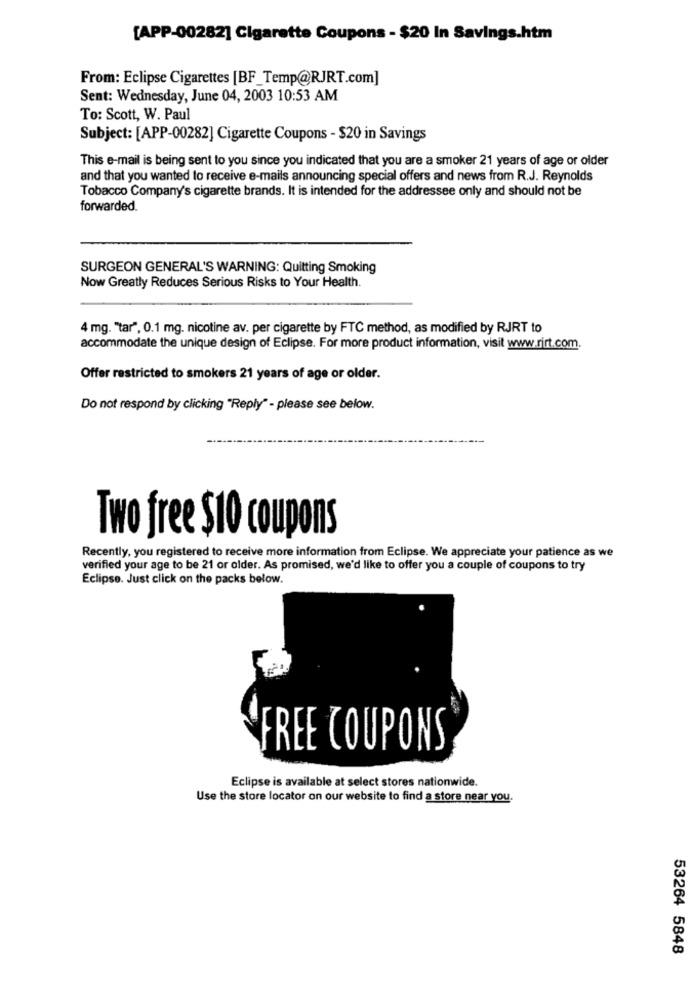
[APP-00282] Cigarette Coupons - $20 In Savings.htm
From: Eclipse Cigarettes [BF_Temp@RJRT.com]
Sent: Wednesday, June 04, 2003 10:53 AM
To: Scott, W. Paul
Subject: [APP-00282] Cigarette Coupons - $20 in Savings
This e-mail is being sent to you since you indicated that you are a smoker 21 years of age or older
and that you wanted to receive e-mails announcing special offers and news from R.J. Reynolds
Tobacco Company's cigarette brands. It is intended for the addressee only and should not be
forwarded.
SURGEON GENERAL'S WARNING: Quitting Smoking
Now Greatly Reduces Serious Risks to Your Health.
4 mg. "tar", 0.1 mg. nicotine av. per cigarette by FTC method, as modified by RJRT to
accommodate the unique design of Eclipse. For more product information, visit www.rirt.com.
Offer restricted to smokers 21 years of age or older.
Do not respond by clicking "Reply" - please see below.
Two free $10 coupons
Recently, you registered to receive more information from Eclipse. We appreciate your patience as we
verified your age to be 21 or older. As promised, we'd like to offer you a couple of coupons to try
Eclipse. Just click on the packs below.
FREE COUPONS
Eclipse is available at select stores nationwide.
Use the store locator on our website to find a store near you.
53264 5848